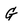
Character: G